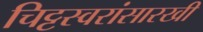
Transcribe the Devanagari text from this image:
चिट्टस्वरांसारखी